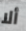
ألا